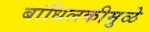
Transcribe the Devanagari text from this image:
बांधिलकीमुळे